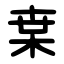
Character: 枽